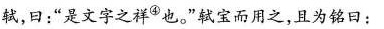
轼，曰：”是文字之祥^{④}也。”轼宝而用之，且为铭日：